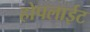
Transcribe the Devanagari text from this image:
होपलाईट